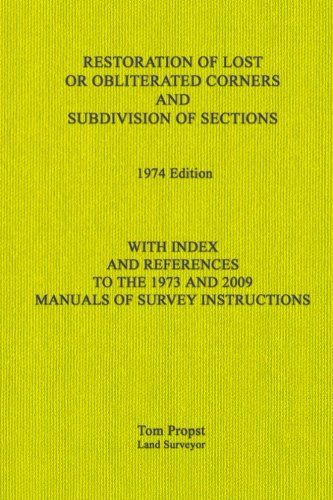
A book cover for Restoration of Lost or Obliterated Corners and Subdivision of Sections: With Index and references to the 1973 and 2009 Manuals of Survey Instructions; Tom Propst; Law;